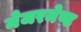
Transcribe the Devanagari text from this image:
मेजरमेण्ट